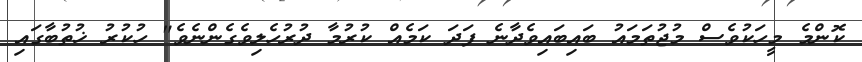
ކޮންމެ މީހަކުވެސް މުޖުތަމައު ބައިބައިވެދާނެ ފަދަ ކަމެއް ކުރުމާ ދުރުހެލިވެގެންނެވެ" ހުކުރު ޚުތުބާގައި